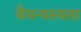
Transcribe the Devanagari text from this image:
वैमन्यस्यता